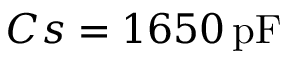
C s = 1 6 5 0 \, \mathrm { p F }